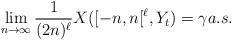
LaTeX: \begin{align*}\lim_{n\to \infty} \frac{1}{(2n)^\ell } X([-n,n[^\ell ,Y_t) =\gamma a.s.\end{align*}